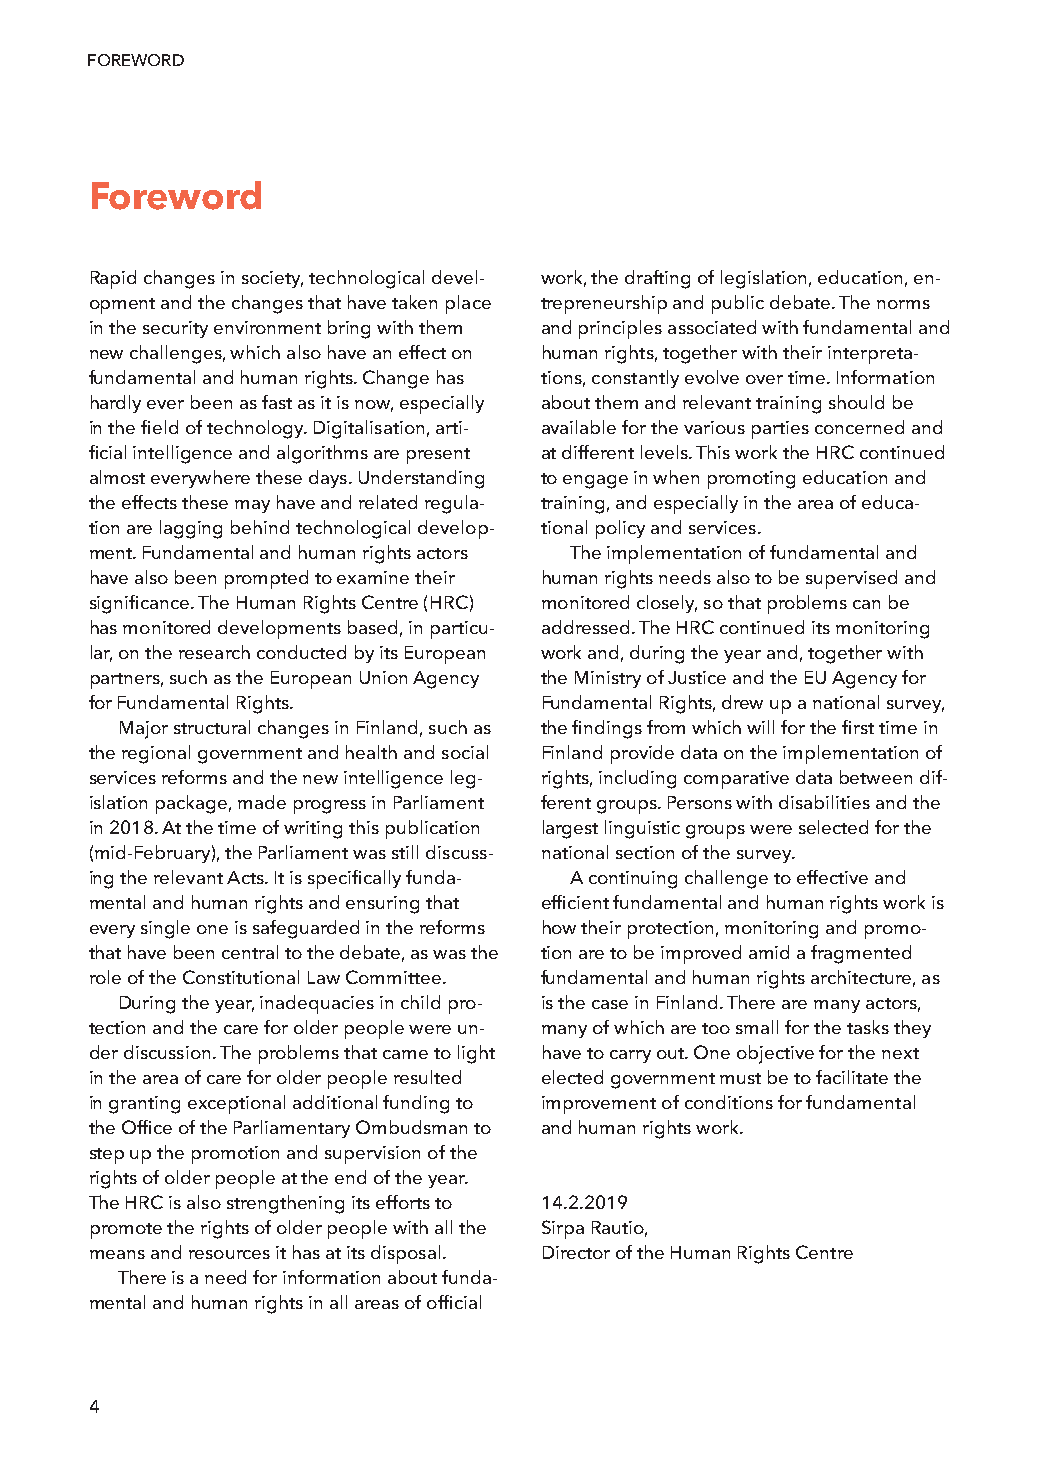
FOREWORD
 Foreword
 Rapid changes in society, technological devel- work, the drafting of legislation, education, en-
 opment and the changes that have taken place trepreneurship and public debate. The norms
 in the security environment bring with them and principles associated with fundamental and
 new challenges, which also have an effect on human rights, together with their interpreta-
 fundamental and human rights. Change has tions, constantly evolve over time. Information
 hardly ever been as fast as it is now, especially about them and relevant training should be
 in the field of technology. Digitalisation, arti- available for the various parties concerned and
 ficial intelligence and algorithms are present at different levels. This work the HRC continued
 almost everywhere these days. Understanding to engage in when promoting education and
 the effects these may have and related regula- training, and especially in the area of educa-
 tion are lagging behind technological develop- tional policy and services.
 ment. Fundamental and human rights actors The implementation of fundamental and
 have also been prompted to examine their human rights needs also to be supervised and
 significance. The Human Rights Centre (HRC) monitored closely, so that problems can be
 has monitored developments based, in particu- addressed. The HRC continued its monitoring
 lar, on the research conducted by its European work and, during the year and, together with
 partners, such as the European Union Agency the Ministry of Justice and the EU Agency for
 for Fundamental Rights.       Fundamental Rights, drew up a national survey,
 Major structural changes in Finland, such as the findings from which will for the first time in
 the regional government and health and social Finland provide data on the implementation of
 services reforms and the new intelligence leg- rights, including comparative data between dif-
 islation package, made progress in Parliament ferent groups. Persons with disabilities and the
 in 2018. At the time of writing this publication largest linguistic groups were selected for the
 (mid-February), the Parliament was still discuss- national section of the survey.
 ing the relevant Acts. It is specifically funda- A continuing challenge to effective and
 mental and human rights and ensuring that efficient fundamental and human rights work is
 every single one is safeguarded in the reforms how their protection, monitoring and promo-
 that have been central to the debate, as was the tion are to be improved amid a fragmented
 role of the Constitutional Law Committee. fundamental and human rights architecture, as
 During the year, inadequacies in child pro- is the case in Finland. There are many actors,
 tection and the care for older people were un- many of which are too small for the tasks they
 der discussion. The problems that came to light have to carry out. One objective for the next
 in the area of care for older people resulted elected government must be to facilitate the
 in granting exceptional additional funding to improvement of conditions for fundamental
 the Office of the Parliamentary Ombudsman to and human rights work.
 step up the promotion and supervision of the
 rights of older people at the end of the year.
 The HRC is also strengthening its efforts to 14.2.2019
 promote the rights of older people with all the Sirpa Rautio,
 means and resources it has at its disposal. Director of the Human Rights Centre
 There is a need for information about funda-
 mental and human rights in all areas of official
 4